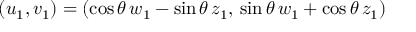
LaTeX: ( u _ { 1 } , v _ { 1 } ) = ( \cos \theta \, w _ { 1 } - \sin \theta \, z _ { 1 } , \, \sin \theta \, w _ { 1 } + \cos \theta \, z _ { 1 } ) \,